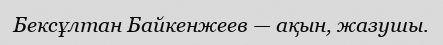
Бексұлтан Байкенжеев — ақын, жазушы.